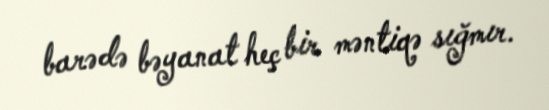
barədə bəyanat heç bir məntiqə sığmır.